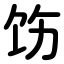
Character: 饬